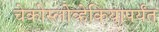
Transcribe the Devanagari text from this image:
चेकोस्लोव्हेकियापर्यंत